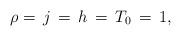
LaTeX: \begin{align*}\rho = \, j \, = \, h\, = \, T_{0} \, =\, 1,\end{align*}